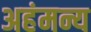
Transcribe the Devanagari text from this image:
अहंमन्य